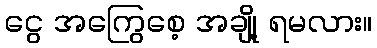
ငွေ အကြွေစေ့ အချို့ ရမလား။